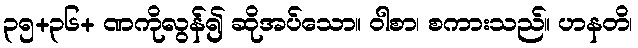
၃၅+၃၆+ ဏကိုလွန်၍ ဆိုအပ်သော။ ဝါစာ၊ စကားသည်။ ဟနတိ၊